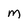
Character: M